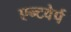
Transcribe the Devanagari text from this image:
एन्टवेर्प